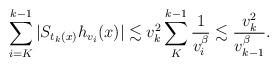
LaTeX: \begin{align*}\sum\limits_{i=K}^{k-1} | S_{t_k(x)} h_{v_i}(x) | \lesssim v_k^2 \sum\limits_{K}^{k-1} \frac{1}{v_i^\beta}\lesssim \frac{v_k^2}{v_{k-1}^\beta}.\end{align*}